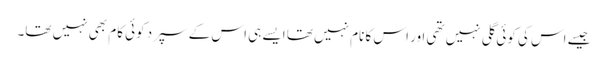
جیسے اس کی کوئی گلی نہیں تھی اور اس کا نام نہیں تھا ایسے ہی اس کے سپرد کوئی کام بھی نہیں تھا۔